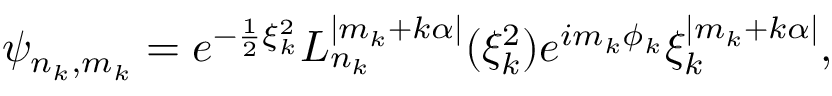
\psi _ { n _ { k } , m _ { k } } = e ^ { - \frac { 1 } { 2 } \xi _ { k } ^ { 2 } } L _ { n _ { k } } ^ { | m _ { k } + k \alpha | } ( \xi _ { k } ^ { 2 } ) e ^ { i m _ { k } \phi _ { k } } \xi _ { k } ^ { | m _ { k } + k \alpha | } ,